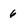
Character: 6